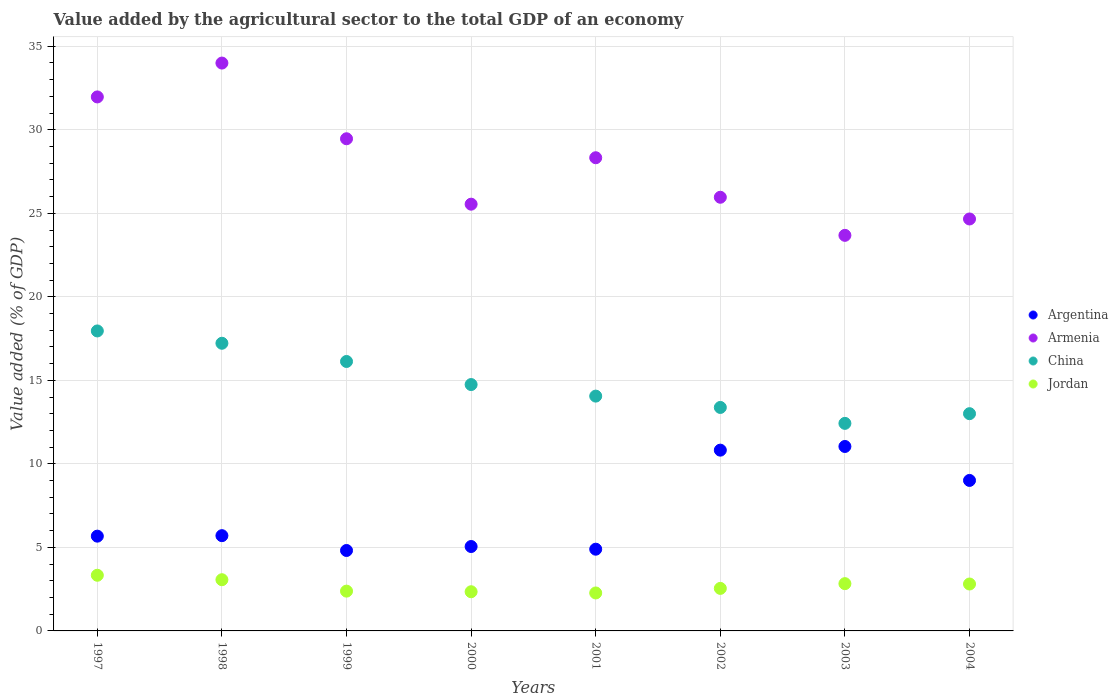
| Years | Argentina | Armenia | China | Jordan |
 | --- | --- | --- | --- | --- |
 | 1997 | 5.67 | 32 | 18 | 3.33 |
 | 1998 | 5.7 | 34 | 17.2 | 3.07 |
 | 1999 | 4.82 | 29.5 | 16.1 | 2.38 |
 | 2000 | 5.05 | 25.5 | 14.7 | 2.35 |
 | 2001 | 4.89 | 28.3 | 14.1 | 2.27 |
 | 2002 | 10.8 | 26 | 13.4 | 2.55 |
 | 2003 | 11 | 23.7 | 12.4 | 2.83 |
 | 2004 | 9.01 | 24.7 | 13 | 2.81 |